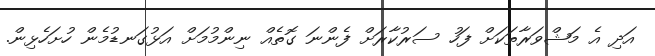
އަދި އެ މަޝްވަރާތަކަށް ފަހު ސަރުކާރަށް ފެންނަ ގޮތެއް ނިންމުމަށް އަޅުގަނޑުމެން ހުށަހެޅިން.